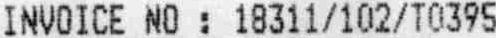
INVOICE NO : 18311/102/T0395